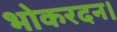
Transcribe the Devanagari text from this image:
भोकरदन।